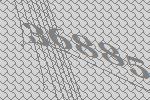
36885